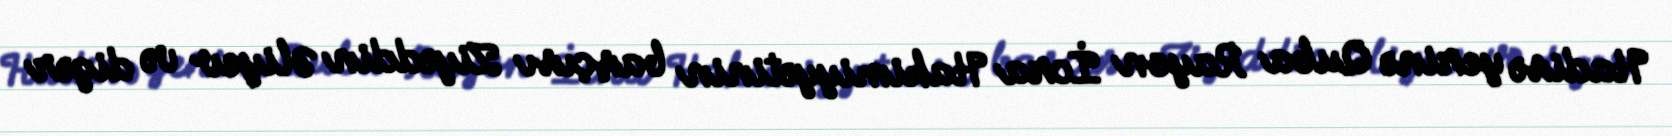
Hadisə yerinə Quba Rayon İcra Hakimiyyətinin başçısı Ziyəddin Əliyev və digər